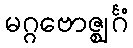
မဂ္ဂဗောဇ္ဈင်္ဂံ